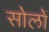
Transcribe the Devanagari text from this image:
सोलों